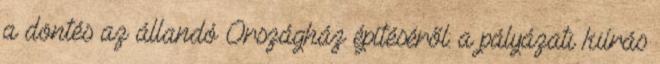
a döntés az állandó Országház építéséről: a pályázati kiírás